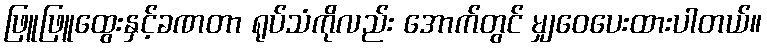
ဖြူဖြူထွေးနှင့်ခဏတာ ရုပ်သံကိုလည်း အောက်တွင် မျှဝေပေးထားပါတယ်။